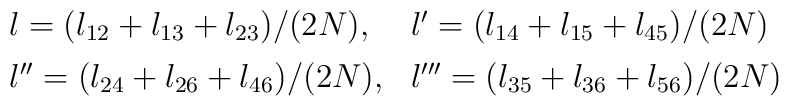
\begin{array}{ll}l=(l_{12}+l_{13}+l_{23})/(2N),&l'=(l_{14}+l_{15}+l_{45})/(2N)\\[1.5mm]l''=(l_{24}+l_{26}+l_{46})/(2N),&l'''=(l_{35}+l_{36}+l_{56})/(2N)\\\end{array}